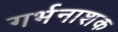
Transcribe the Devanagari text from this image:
गर्भनाशक